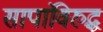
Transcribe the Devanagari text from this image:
सापांविरुद्ध